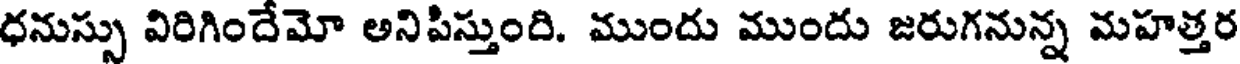
ధనుస్సు విరిగిందేమో అనిపిస్తుంది. ముందు ముందు జరుగనున్న మహత్తర